Annual administration report of the Civil Veterinary Department of India - 1899-1900
Year: 1899
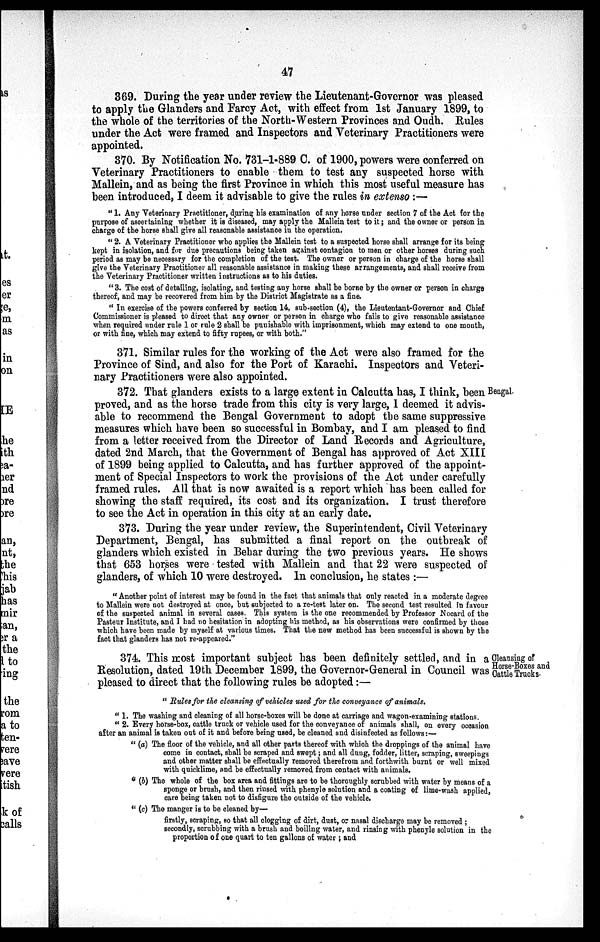
47
369. During the year under review the Lieutenant-Governor was pleased
to apply the Glanders and Farcy Act, with effect from 1st January 1899, to
the whole of the territories of the North-Western Provinces and Oudh. Rules
under the Act were framed and Inspectors and Veterinary Practitioners were
appointed.
370. By Notification No. 731-1-889 C. of 1900, powers were conferred on
Veterinary Practitioners to enable them to test any suspected horse with
Mallein, and as being the first Province in which this most useful measure has
been introduced, I deem it advisable to give the rules in extenso :—
"1. Any Veterinary Practitioner, during his examination of any horse under section 7 of the Act for the
purpose of ascertaining whether it is diseased, may apply the Mallein test to it; and the owner or person in
charge of the horse shall give all reasonable assistance in the operation.
"2. A Veterinary Practitioner who applies the Mallein test to a suspected horse shall arrange for its being
kept in isolation, and for due precautions being taken against contagion to men or other horses during such
period as may be necessary for the completion of the test. The owner or person in charge of the horse shall
give the Veterinary Practitioner all reasonable assistance in making these arrangements, and shall receive from
the Veterinary Practitioner written instructions as to his duties.
"3. The cost of detailing, isolating, and testing any horse shall be borne by the owner or person in charge
thereof, and may be recovered from him by the District Magistrate as a fine.
"In exercise of the powers conferred by section 14, sub-section (4), the Lieutentant-Governor and Chief
Commissioner is pleased to direct that any owner or person in charge who fails to give reasonable assistance
when required under rule 1 or rule 2 shall be punishable with imprisonment, which may extend to one month,
or with fine, which may extend to fifty rupees, or with both."
371. Similar rules for the working of the Act were also framed for the
Province of Sind, and also for the Port of Karachi. Inspectors and Veteri-
nary Practitioners were also appointed.
Bengal.
372. That glanders exists to a large extent in Calcutta has, I think, been
proved, and as the horse trade from this city is very large, I deemed it advis-
able to recommend the Bengal Government to adopt the same suppressive
measures which have been so successful in Bombay, and I am pleased to find
from a letter received from the Director of Land Records and Agriculture,
dated 2nd March, that the Government of Bengal has approved of Act XIII
of 1899 being applied to Calcutta, and has further approved of the appoint-
ment of Special Inspectors to work the provisions of the Act under carefully
framed rules. All that is now awaited is a report which has been called for
showing the staff required, its cost and its organization. I trust therefore
to see the Act in operation in this city at an early date.
373. During the year under review, the Superintendent, Civil Veterinary
Department, Bengal, has submitted a final report on the outbreak of
glanders which existed in Behar during the two previous years. He shows
that 653 horses were tested with Mallein and that 22 were suspected of
glanders, of which 10 were destroyed. In conclusion, he states :—
"Another point of interest may be found in the fact that animals that only reacted in a moderate degree
to Mallein were not destroyed at once, but subjected to a re-test later on. The second test resulted in favour
of the suspected animal in several cases. This system is the one recommended by Professor Nocard of the
Pasteur Institute, and I had no hesitation in adopting his method, as his observations were confirmed by those
which have been made by myself at various times. That the new method has been successful is shown by the
fact that glanders has not re-appeared."
Cleausing of
Horse-Boxes and
Cattle Trucks.
374. This most important subject has been definitely settled, and in a
Resolution, dated 19th December 1899, the Governor-General in Council was
pleased to direct that the following rules be adopted:—
"Rules for the cleansing of vehicles used for the conveyance of animals.
"1. The washing and cleaning of all horse-boxes will be done at carriage and wagon-examining stations.
" 2. Every horse-box, cattle truck or vehicle used for the conveyance of animals shall, on every occasion
after an animal is taken out of it and before being used, be cleaned and disinfected as follows:—
"(a) The floor of the vehicle, and all other parts thereof with which the droppings of the animal have
come in contact, shall be scraped and swept; and all dung, fodder, litter, scraping, sweepings
and other matter shall be effectually removed therefrom and forthwith burnt or well mixed
with quicklime, and be effectually removed from contact with animals.
"(b) The whole of the box area and fittings are to be thoroughly scrubbed with water by means of a
sponge or brush, and then rinsed with phenyle solution and a coating of lime-wash applied,
care being taken not to disfigure the outside of the vehicle.
"(c) The manger is to be cleaned by—
firstly, scraping, so that all clogging of dirt, dust, or nasal discharge may be removed;
secondly, scrubbing with a brush and boiling water, and rinsing with phenyle solution in the
proportion of one quart to ten gallons of water ; and